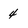
Character: 4